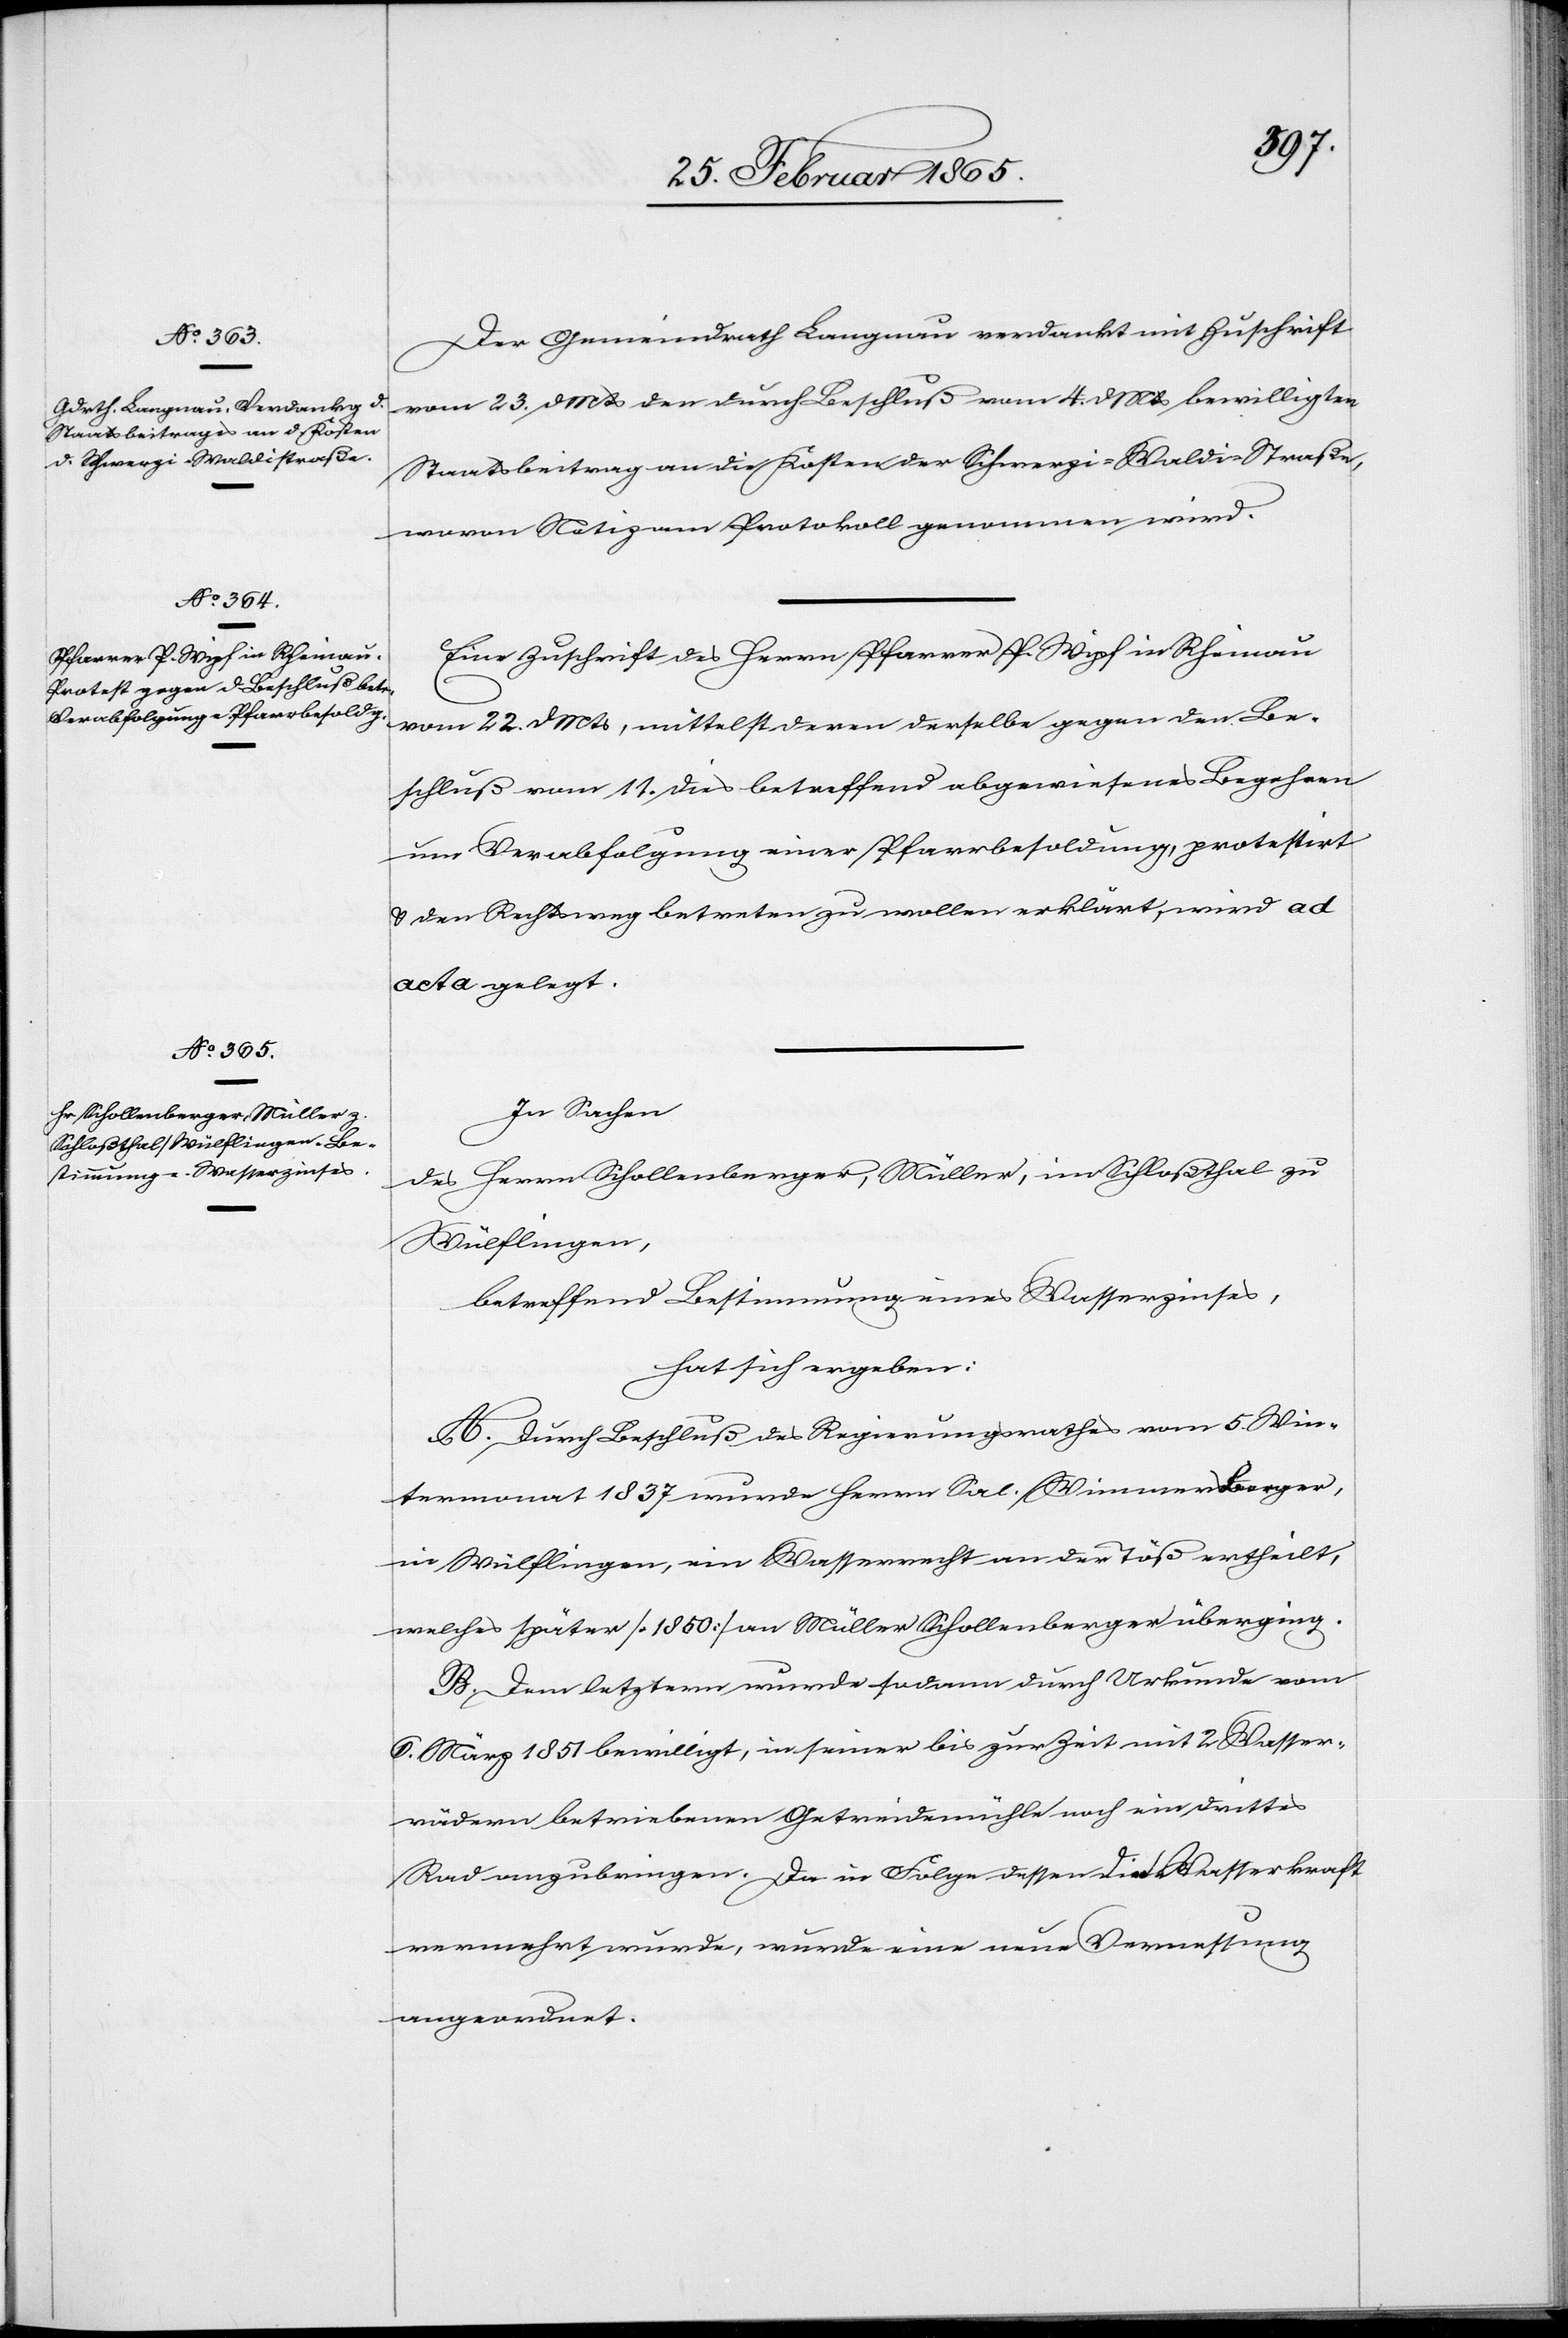
Der Gemeindrath Langnau verdankt mit Zuschrift
vom 23. d Mts den durch Beschluß vom 4. d Mts bewilligten
Staatsbeitrag an die Kosten der Schwerzi-Waldi-Straße,
wovon Notiz am Protokoll genomme wird.
Eine Zuschrift des Herrn Pfarrer P. Wipf in Rheinau
vom 22. d Mts, mittelst deren derselbe gegen den Be¬
schluß vom 11. dies betreffend abgewiesenes Begehren
um Verabfolgung einer Pfarrbesoldung, protestirt
u. den Rechtsweg betreten zu wollen erklärt, wird ad
acta gelegt.
In Sachen
des Herrn Schollenberger, Müller, im Schloßthal zu
Wülflingen,
betreffend Bestimmung eines Wasserzinses,
hat sich ergeben:
A. Durch Beschluß des Regierungsrathes vom 5. Win¬
termonat 1837 wurde Herrn Sal. Wimmersberger,
in Wülflingen, ein Wasserrecht an der Töß ertheilt,
welches später [1850] an Müller Schollenberger überging.
B. Dem letztern wurde sodann durch Urkunde vom
6. März 1851 bewilligt, in seiner bis zur Zeit mit 2. Wasser¬
rädern betriebenen Getreidemühle noch ein drittes
Rad anzubringen. Da in Folge dessen die Wasserkraft
vermehrt wurde, wurde eine neue Vermessung
angeordnet.